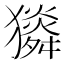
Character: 𤢯